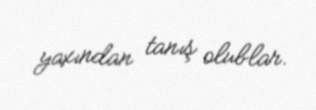
yaxından tanış olublar.